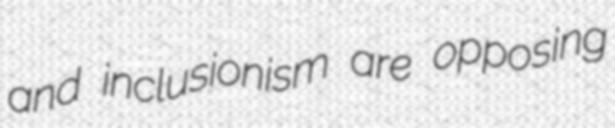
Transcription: and inclusionism are opposing